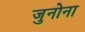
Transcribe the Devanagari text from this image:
जुनोना